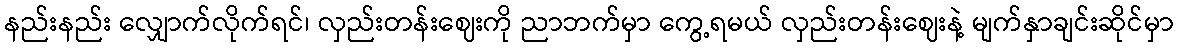
နည်းနည်း လျှောက်လိုက်ရင်၊ လှည်းတန်းဈေးကို ညာဘက်မှာ ကွေ့ရမယ် လှည်းတန်းဈေးနဲ့ မျက်နှာချင်းဆိုင်မှာ